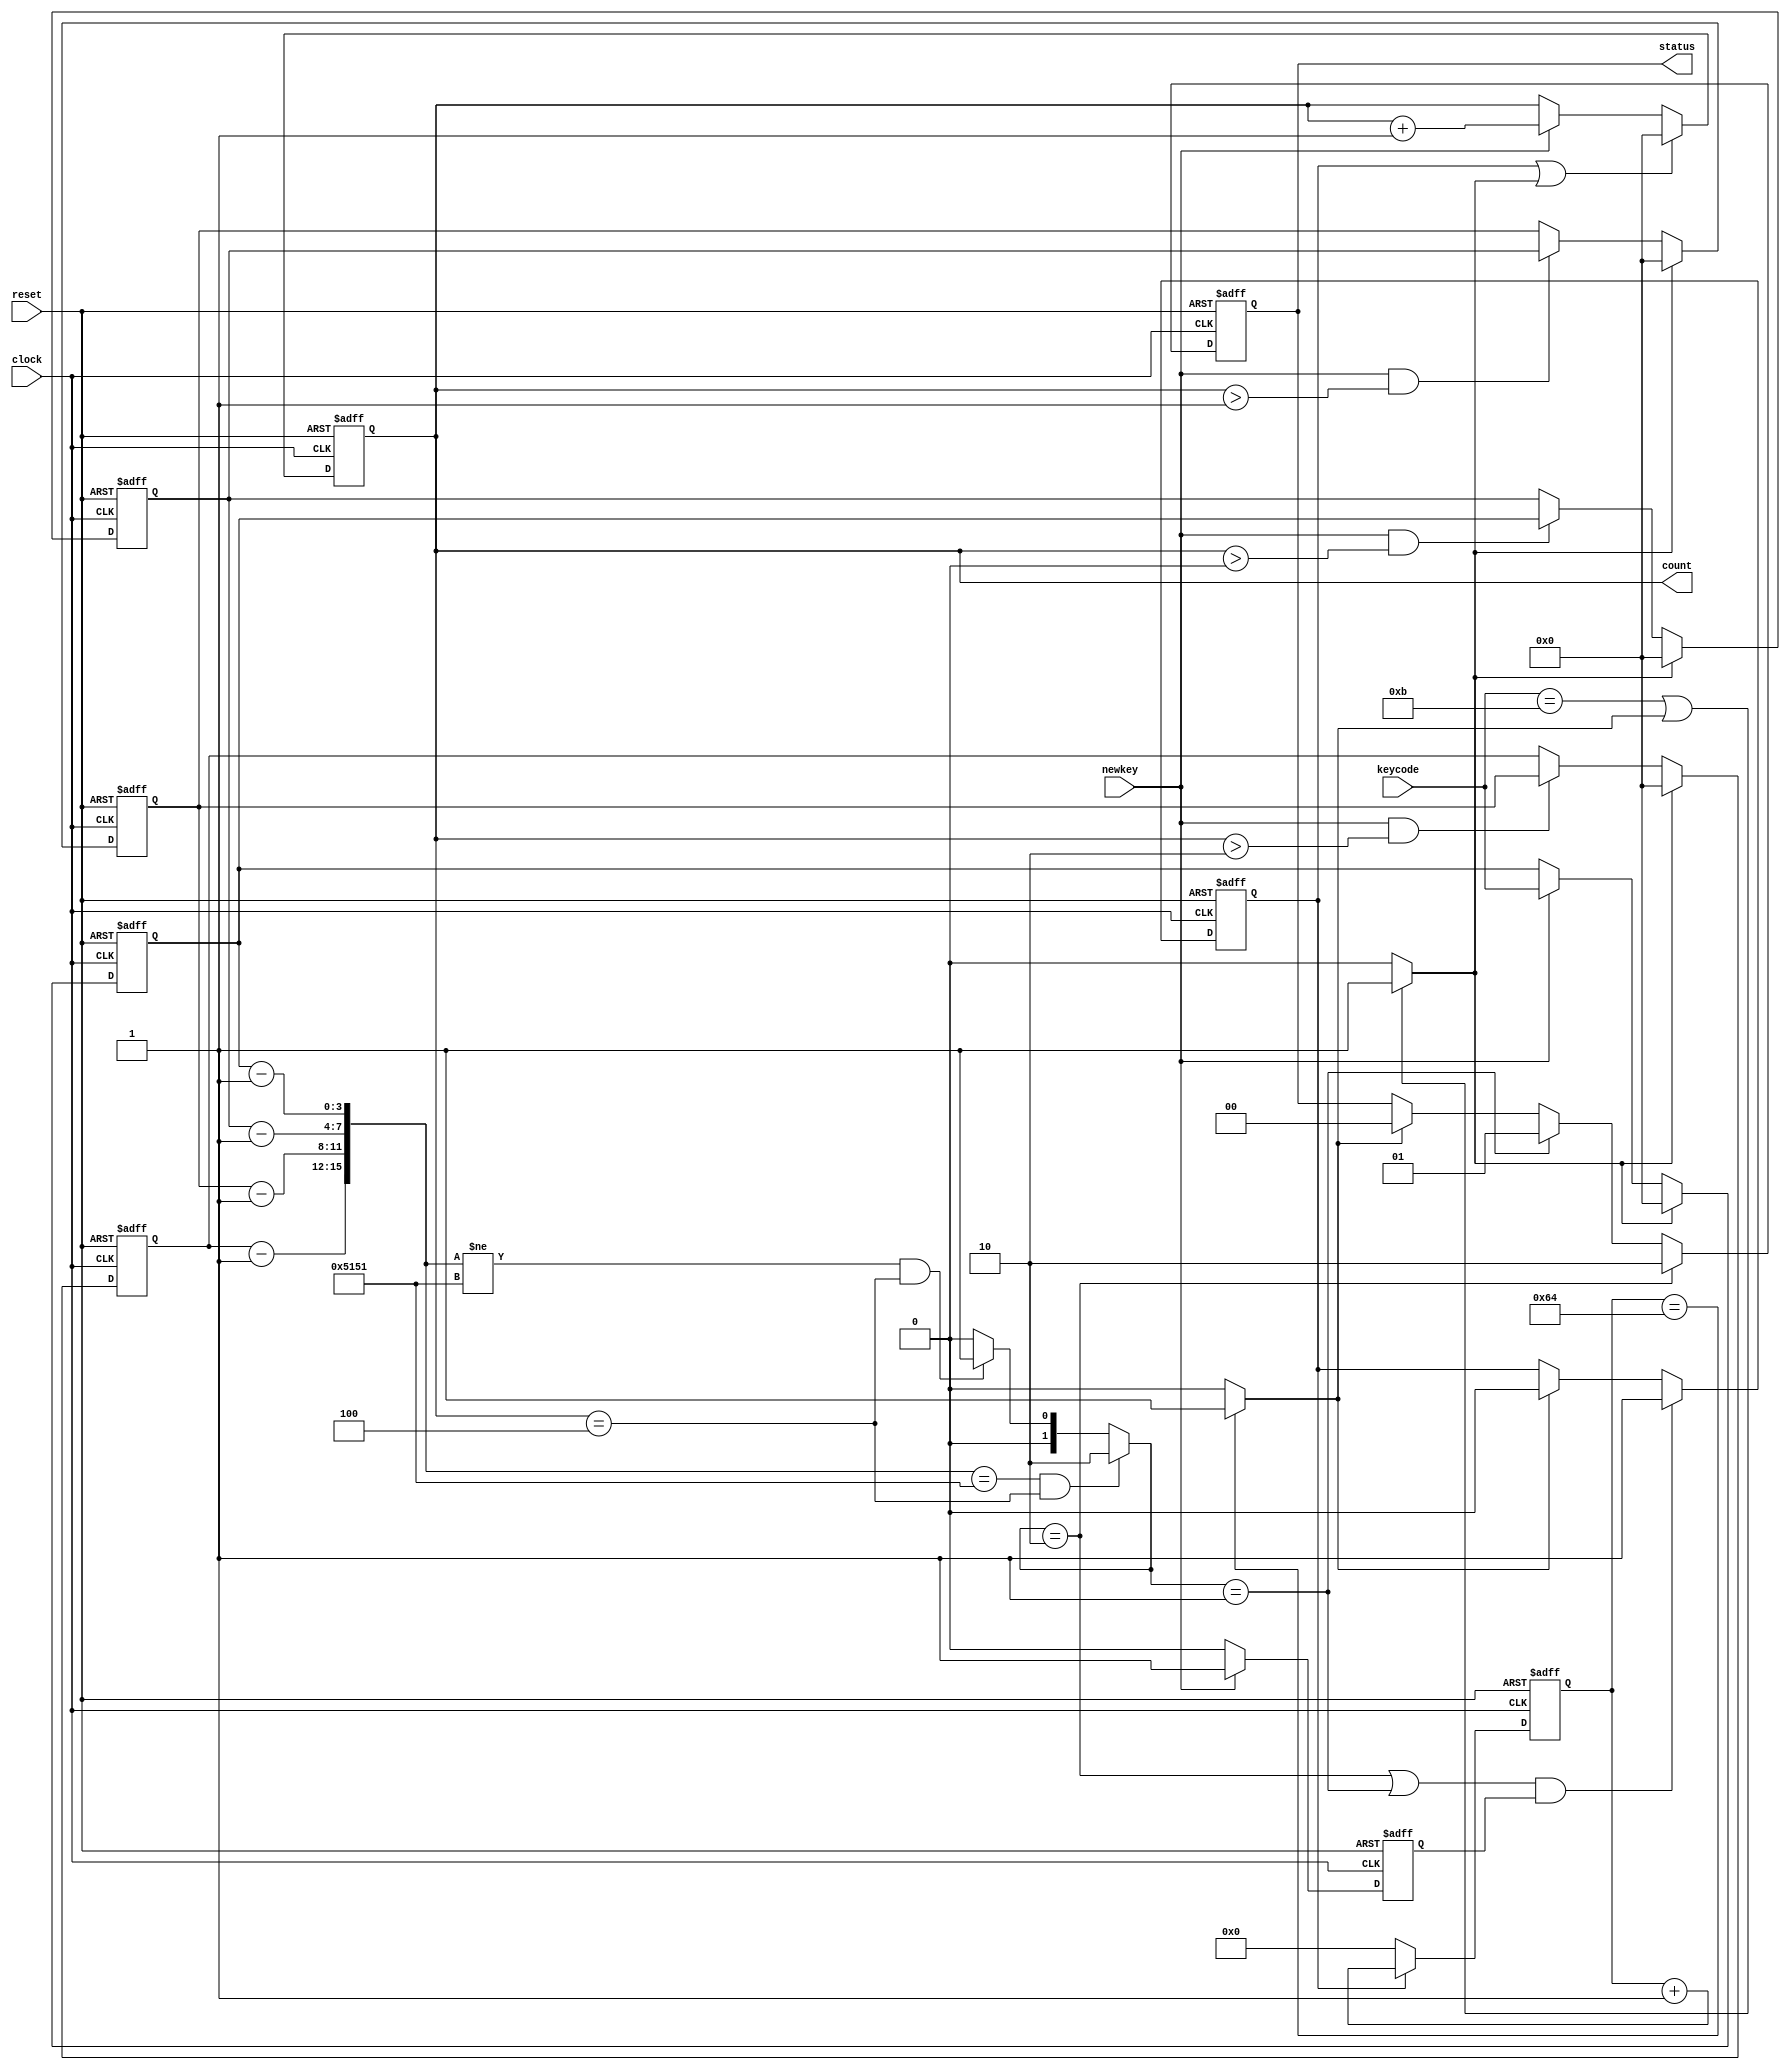
`timescale 1ns / 1ps
//////////////////////////////////////////////////////////////////////////////////
// Company: 	   UCD School of Electrical and Electronic Engineering
// Module Name:    Lock 
// Project Name:   Assignment 4 - Combination Lock Design 
// Target Devices: XC7A100T-csg324 on Digilent Nexys 4 board
// Description: compares the keys pressed by the user to the designated sequence,
// and then sends a signal to unlock if it is correct.
// Dependencies: None.
//
//////////////////////////////////////////////////////////////////////////////////

module lock(
    input clock, // 5 MHz clock
	input reset, // reset
	input newkey,
    input [3:0] keycode,
    output reg [3:0] count,
    output reg [1:0] status
    );

    reg clear;
	reg [3:0] Q1, Q2, Q3, Q4;
	wire [15:0] Q;
	reg [3:0] nextQ1, nextQ2, nextQ3, nextQ4;
	reg [3:0] nextcount;
	reg [1:0] sig; 
	reg sig2;
	reg [1:0] unlock;
	reg timeout;
	reg action;
	reg newkeyafter, nextkeyafter;
	
	localparam code = 16'b0101000101010001;

	//////////////////////////
	////// First digit ///////
	//////////////////////////
	// multiplexer
    always @ (newkey, keycode, Q1, nextQ1, clear)
		if(clear)
		    nextQ1 = 4'b0000;
		else if (newkey==1)
			nextQ1 = keycode;
		else
			nextQ1 = Q1;
	
	// register
	always @ (posedge clock or posedge reset) // all happens on clock edge
		if (reset) Q1 <= 4'b0;
		else Q1 <= nextQ1;
	
	//////////////////////////
	////// Second digit //////
	//////////////////////////
	// multiplexer
	always @ (newkey, keycode, Q2, nextQ2, count, Q1, clear)
		if(clear)
            nextQ2 = 4'b0000;
		else if (newkey==1 && count>0)
			nextQ2 = Q1;
		else
			nextQ2 = Q2;
		
	// register
	always @ (posedge clock or posedge reset) // all happens on clock edge
		if (reset) Q2 <= 4'b0;
		else Q2 <= nextQ2;
				
	//////////////////////////			
	////// Third digit ///////
	//////////////////////////
	// multiplexer
	always @ (newkey, keycode, Q3, nextQ3, count, Q2, clear)
		if(clear)
            nextQ3 = 4'b0000;
		else if (newkey==1 && count>1)
			nextQ3 = Q2;
		else
			nextQ3 = Q3;
		
	// register
	always @ (posedge clock or posedge reset) // all happens on clock edge
		if (reset) Q3 <= 4'b0;
		else Q3 <= nextQ3;
		
	//////////////////////////			
	////// Fourth digit //////
	//////////////////////////
	// multiplexer
	always @ (newkey, keycode, Q, nextQ4, count, Q3, Q4, clear)
		if(clear)
            nextQ4 = 4'b0000;
		else if (newkey==1 && count>2)
			nextQ4 = Q3;
		else
			nextQ4 = Q4;
		
	// register
	always @ (posedge clock or posedge reset) // all happens on clock edge
		if (reset) Q4 <= 4'b0;
		else Q4 <= nextQ4;
	
	//////////////////////////			
    //////// Combine /////////
    //////////////////////////    
    assign Q = {(Q4 - 4'b0001), (Q3 - 4'b0001), (Q2 - 4'b0001), (Q1 - 4'b0001)};
    assign buzzer = 1'b1;	
	
    //////////////////////////			
    ///////// Clear /////////
    //////////////////////////     
    // combinational logic for clear
    always @ (keycode, clear,timeout)
        if ((keycode==4'd11)||(timeout))
            clear = 1'b1;
        else
            clear = 1'b0;        

    //////////////////////////			
    ///////// Unlock /////////
    ////////////////////////// 
	// combinational logic for unlock
	always @ (Q, count, unlock)
        if ((Q==code)&& count == 4)
            unlock = 2'b10;
        else if (Q!=code && count==4)
            unlock = 2'b01;
        else
            unlock = 2'b00;
	
    //////////////////////////			
    ///////// Status /////////
    //////////////////////////    
    // multiplexer
    always @ (unlock, timeout, status, sig)
        if (unlock==2'b10) // correct code when locked
            sig = 2'b10;
        else if (unlock==2'b01) // incorrect code when locked
            sig = 2'b01;
        else if (timeout==1) // time out after correct or incorrect
            sig = 2'b00;
        else
            sig = status;
       
    // register
    always @ (posedge clock or posedge reset) // all happens on clock edge
        if (reset) status <= 2'b0;
        else status <= sig;

    //////////////////////////			
    ///////// Count //////////
    ////////////////////////// 
	// multiplexer 
    always @ (newkey, clear, nextcount, count, action)
        if(action || clear)
            nextcount = 0;
        else if (newkey)
            nextcount = count + 1'b1;
        else
            nextcount = count;
		
	// register
	always @ (posedge clock or posedge reset) // all happens on clock edge
		if (reset) count <= 16'b0;
		else count <= nextcount;

    //////////////////////////			
    ///////// Action /////////
    //////////////////////////    
    // multiplexer
    always @ (unlock, sig2, timeout, newkeyafter, action)
        if ((unlock==2'b10 || unlock==2'b01)&&newkeyafter) // code entered
            sig2 = 1'b1;
        else if (timeout)
            sig2 = 1'b0;
        else
            sig2 = action;
        
    // register
    always @ (posedge clock or posedge reset) // all happens on clock edge
        if (reset) action <= 1'b0;
        else action <= sig2;

    //////////////////////////
	//////// Timeout /////////
	//////////////////////////
	parameter WIDTH = 5'd26;
	parameter CYCLE = 26'd100;
	
	reg [WIDTH-1:0] T, nextT;
    
	// multiplexer to count up or set to zero
	always @ (T, action)
		if (action)
			nextT = T + 1'b1; // count up 1
		else
			nextT = 1'b0; // reset count
        
	// register
	always @ (posedge clock or posedge reset) // all happens on clock edge
		if (reset) T <= 1'b0;
		else T <= nextT;

	// combinational logic to check if the count equals the cycle
	always @ (T)
		if(T == CYCLE) timeout = 1'b1;
		else timeout = 1'b0; 
 
    //////////////////////////
    ////// Newkey After //////
    //////////////////////////
    always @ (newkey)
    if(newkey)
        nextkeyafter = 1'b1;
    else
        nextkeyafter = 1'b0;
    
    // register
    always @ (posedge clock or posedge reset) // all happens on clock edge
        if (reset) newkeyafter <= 1'b0;
        else newkeyafter <= nextkeyafter;
	
endmodule